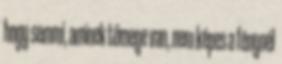
hogy semmi, aminek tömege van, nem képes a fénynél